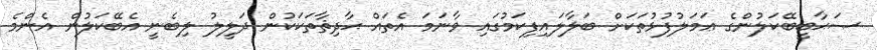
ޞަޙާބީބޭކަލުންގެ ޢަމަލުފުޅުތަކަށް ބަލާލައިފިކަމުގައި ވާނަމަ އެތައް ޙާދިޘާތަކަކުން ދަލީލު ލިބެނީ އެބޭކަލުން އެންމެ